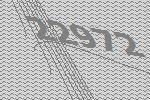
22972